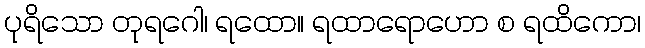
ပုရိသော တုရဂေါ၊ ရထော။ ရထာရောဟော စ ရထိကော၊